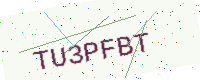
Text: TU3PFBT